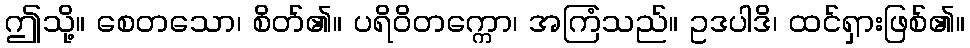
ဤသို့။ စေတသော၊ စိတ်၏။ ပရိဝိတက္ကော၊ အကြံသည်။ ဥဒပါဒိ၊ ထင်ရှားဖြစ်၏။